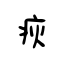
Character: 疢